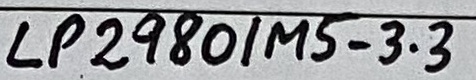
Text: LP2980/MS-3.3